Vaccination in Bombay 1889-1901 - 1889-1901
Year: 1889
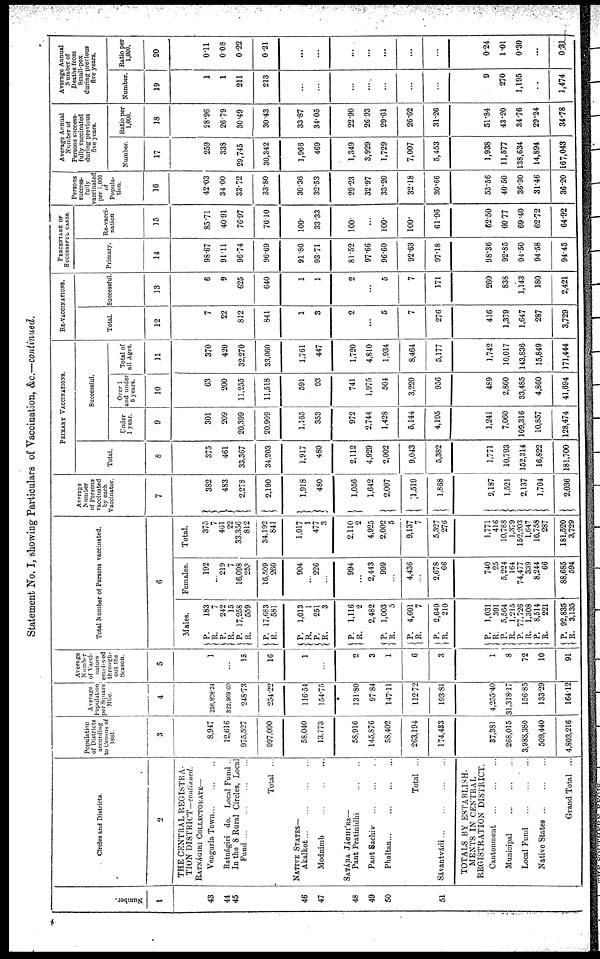
Statement No. I, showing Particulars of Vaccination, &c.—continued.
Number.
1
43
44
45
46
47
48
49
50
51
Circles and Districts.
2
THE CENTRAL REGISTRA-
TION DISTRICT—continued.
RATNÁGIRI COLLECTORATE—
Vengurla Town...
...
...
Ratnágiri do. Local Fund ...
In the 8 Rural Circles, Local
Fund... ... ... ...
Total ...
NATIVE STATES—
Akalkot... ... ... ...
Modnimb
...
...
...
SATÁRA JÁGHÍRS
Pant Pratinidhi
...
...
Pant Sachiv
...
...
...
Phaltan...
...
...
...
Total ...
Sávantvádi...
...
...
...
TOTALS BY ESTABLISH-
MENTS IN CENTRAL
REGISTRATION DISTRICT.
Cantonment
...
...
...
Municipal
...
...
...
Local Fund
...
...
...
Native
States...
...
...
Grand Total ...
Population
of Districts
according
to Census of
1881.
3
8,947
12,616
975,527
997,090
58,040
13,773
58,916
145,876
58,402
263,194
174,433
37,381
268,015
3,988,380
509,440
4,803,216
Average
Population
per Square
Mile.
4
336,828.24
322,969.60
248.73
254.22
116.54
154.75
131.80
97.84
147.11
112.72
193.81
4,255.40
31,318.17
156.85
133.29
164.12
Average
Number
of Vacci¬
nators
employed
through-
out the
Season.
5
1
...
15
16
1
...
2
3
1
6
3
1
8
72
10
91
Total Number of Persons vaccinated.
6
Males.
P.
R. P.
R.
P.
R.
P.
R.
183
7
242
15
17,258
559
17,683
581
P.
R.
P.
R.
1,013
1
251
3
P.
R.
1,116
2
2,482
P.
R.
P.
R.
P.
R.
1,003
5
4,601
7
2,649
210
P.
R.
P.
R.
P.
R.
P.
R.
P.
R.
1,031
391
5,564
1,215
77,726
1,308
8,514
221
92,835
3,135
Females.
192
...
219
7
16,098
253
16,509
260
904
...
226
...
994
...
2,443
999
...
4,436
...
2,678
66
740
25
5,224
164
74,477
339
8,244
66
88,685
594
Total.
375
7
461
22
33,356
812
34,192
841
1,917
1
477
3
2,110
2
4,925
2,002
5
9,137
7
5,327
276
1,771
416
10,788
1,379
152,203
1,647
16,758
287
181,520
3,729
Average
Number
of Persons
vaccinated
by each
Vaccinator.
7
382
483
2,278
2,190
1
1,918
480
1,056
1,642
2,007
1,519
1,868
2,187
1,521
2,137
1,704
2,036
PRIMARY VACCINATIONS.
Total.
8
375
461
33,367
34,203
1,917
480
2,112
4,929
2,002
9,043
5,382
1,771
10,793
152,314
16,822
181,700
Successful.
Under
1 year.
9
301
209
20,399
20,909
1,165
353
972
2,744
1,428
5,144
4,195
1,241
7,060
109,316
10,857
128,474
Over 1
and under
6 years.
10
63
200
11,255
11,518
591
93
741
1,975
504
3,220
956
489
2,860
33,485
4,860
41,694
Total of
all Ages.
11
370
420
32,270
33,060
1,761
447
1,720
4,810
1,934
8,464
5,177
1,742
10,017
143,836
15,849
171,444
RE-VACCINATIONS.
Total.
12
7
22
812
841
1
3
2
...
5
7
276
416
1,379
1,647
287
3,729
Successful.
13
6
9
625
640
1
1
2
...
5
7
171
260
838
1,143
180
2,421
PERCENTAGE OF
SUCCESSFUL CASES.
Primary.
14
98.67
91.11
96.74
96.69
91.86
93.71
81.52
97.66
96.60
92.63
97.18
98.36
92.85
94.50
94.58
94.45
Re-vacci-
nation
15
85.71
40.91
76.97
76.10
100.
33.33
100.
...
100.
100.
61.96
62.50
60.77
69.40
62.72
64.92
Persons
success-
fully
vaccinated
per 1,000
of
Popula-
tion.
16
42.03
34.00
33.72
33.80
30.36
32.53
29.23
32.97
33.20
32.18
30.66
53.56
40.50
36.30
31.46
36.20
Average Annual
Number of
Persons success-
fully vaccinated
during previous
five years.
Number.
17
259
338
29,745
30,342
1,966
469
1,349
3,929
1,729
7,007
5,453
1,938
11,577
138,634
14,894
167,043
Ratio per
1,000.
18
28.96
26.79
30.49
30.43
33.87
34.05
22.90
26.93
29.61
26.62
31.26
51.84
43.20
34.76
29.24
34.78
Average Annual
Number of
Deaths from
Small-pox
during previous
five years.
Number.
19
1
1
211
213
...
...
...
...
...
...
...
9
270
1,195
...
1,474
Ratio per
1,000.
20
0.11
0.08
0.22
0.21
...
...
...
...
...
...
...
0.24
1.01
0.30
...
0.31
4